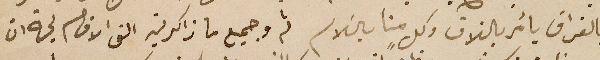
بالفراق يأمر بالتلاق وكلٍ منا بالسَلام ثم وجميع ما زاكرين الشى الاقسام لجهة ان